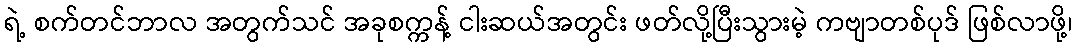
ရဲ့ စက်တင်ဘာလ အတွက်သင် အခုစက္ကန့် ငါးဆယ်အတွင်း ဖတ်လို့ပြီးသွားမဲ့ ကဗျာတစ်ပုဒ် ဖြစ်လာဖို့၊